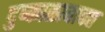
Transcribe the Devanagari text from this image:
दुष्काळाबाबत